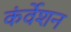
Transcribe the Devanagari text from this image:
कंर्वेशन